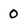
Character: 0